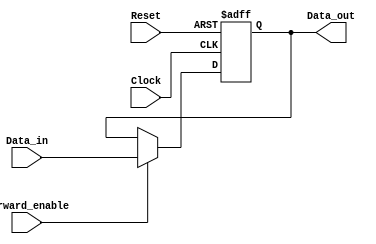
module ForwardingRegister (
    input wire [31:0] Data_in,      // 32-bit input data to be stored
    input wire Forward_enable,       // Control signal for forwarding
    input wire Clock,                // Clock signal
    input wire Reset,                // Asynchronous reset signal
    output reg [31:0] Data_out       // 32-bit output data
);

    // Asynchronous reset
    always @(posedge Clock or posedge Reset) begin
        if (Reset) begin
            Data_out <= 32'b0; // Clear output to 0 on reset
        end else if (Forward_enable) begin
            Data_out <= Data_in; // Forward new data if enabled
        end
        // If Forward_enable is low, retain previous value of Data_out
    end

endmodule